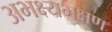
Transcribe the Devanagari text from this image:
अभक्ष्यभक्षण